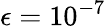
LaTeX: \epsilon=10^{-7}